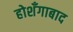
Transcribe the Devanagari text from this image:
होशँगाबाद